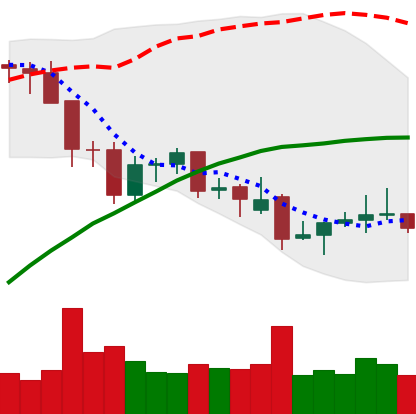
Ticker: LINK-USD
Chart end date: 2021-12-02
Forward return: -14.042%
Label: down_7plus